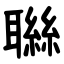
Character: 䏈